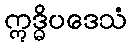
ဣဒ္ဓိပဒေသံ